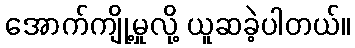
အောက်ကျို့မှုလို့ ယူဆခဲ့ပါတယ်။